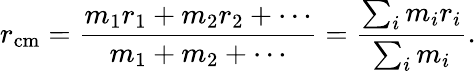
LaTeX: r_{\mathrm{cm}}={\frac{m_{1}r_{1}+m_{2}r_{2}+\cdots}{m_{1}+m_{2}+\cdots}}={\frac{\sum_{i}m_{i}r_{i}}{\sum_{i}m_{i}}}.